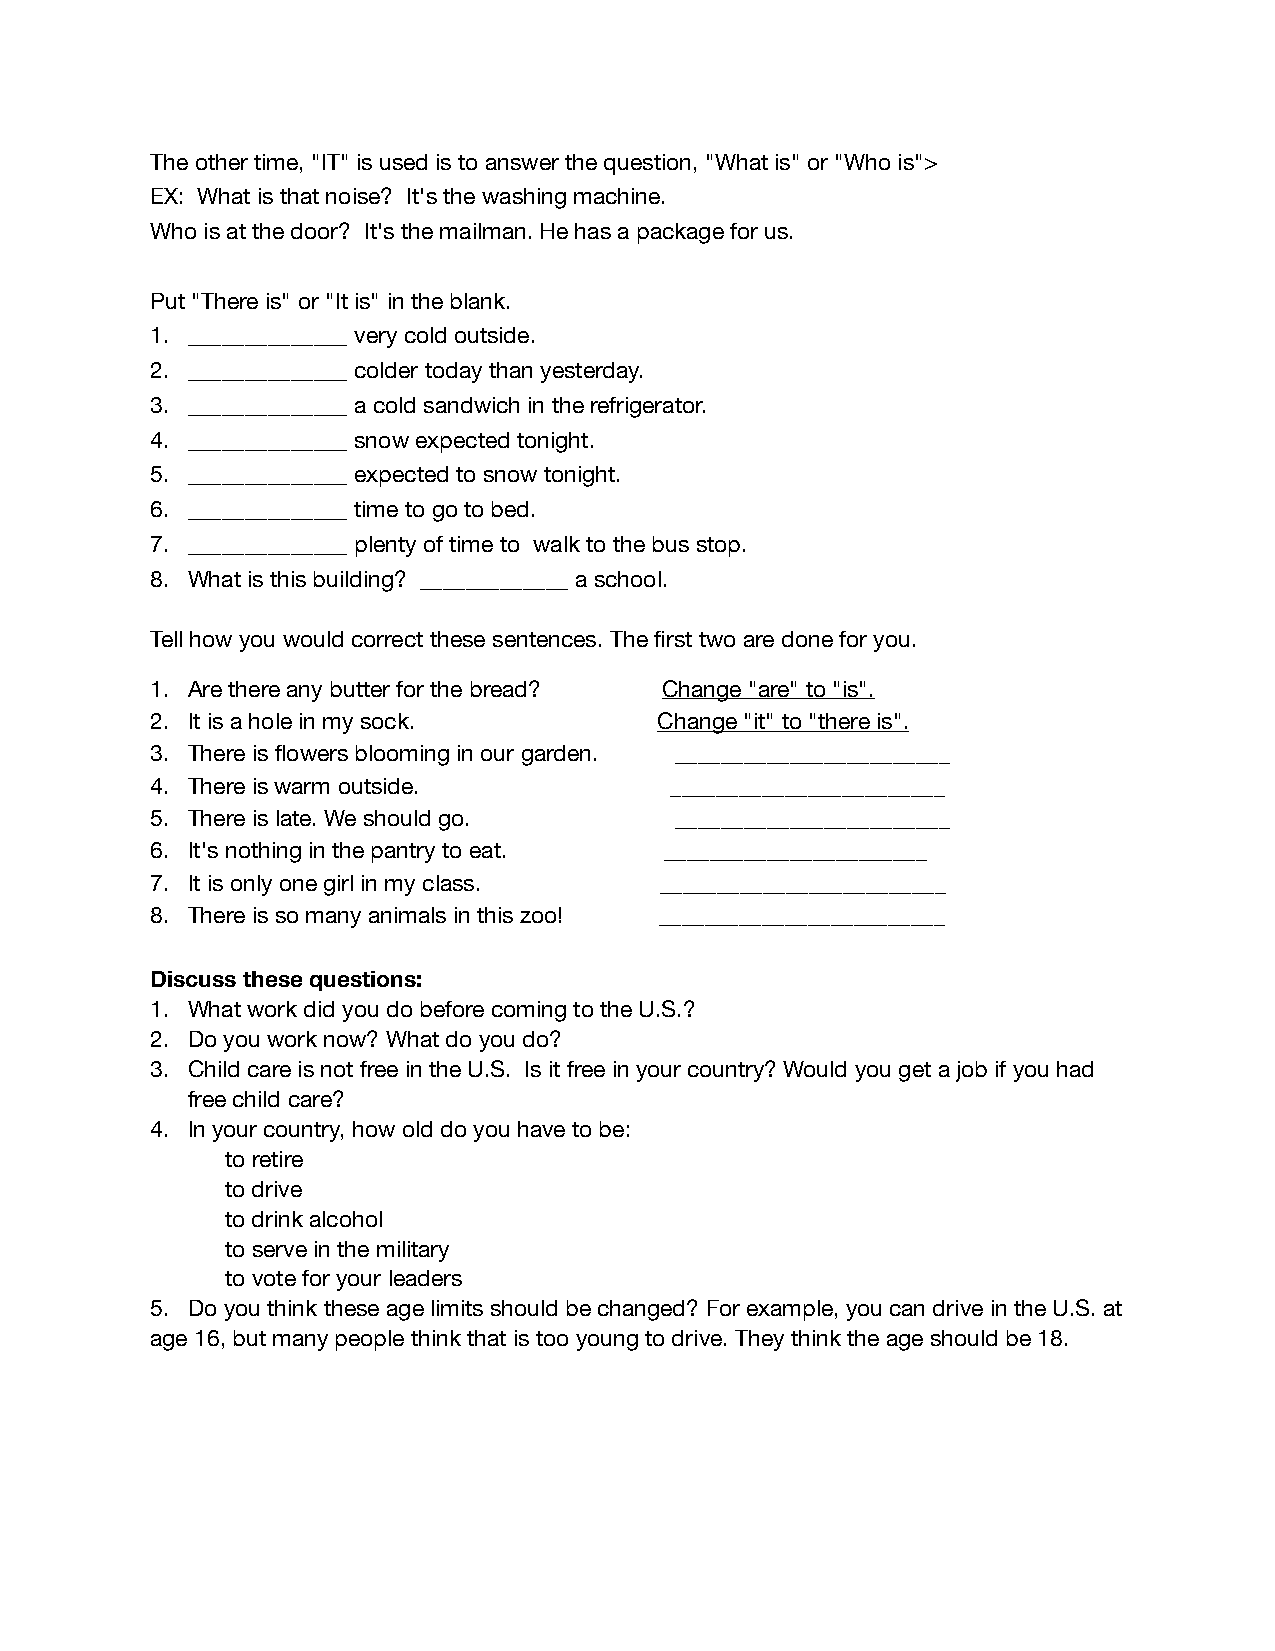
The other time, "IT" is used is to answer the question, "What is" or "Who is">
 EX: What is that noise? It's the washing machine.
 Who is at the door? It's the mailman. He has a package for us.
 Put "There is" or "It is" in the blank.
 1. ______________ very cold outside.
 2. ______________ colder today than yesterday.
 3. ______________ a cold sandwich in the refrigerator.
 4. ______________ snow expected tonight.
 5. ______________ expected to snow tonight.
 6. ______________ time to go to bed.
 7. ______________ plenty of time to walk to the bus stop.
 8. What is this building? _____________ a school.
 Tell how you would correct these sentences. The first two are done for you.
 1. Are there any butter for the bread? Change "are" to "is".
 2. It is a hole in my sock.       Change "it" to "there is".
 3. There is flowers blooming in our garden. ________________________
 4. There is warm outside.         ________________________
 5. There is late. We should go.    ________________________
 6. It's nothing in the pantry to eat. _______________________
 7. It is only one girl in my class. _________________________
 8. There is so many animals in this zoo! _________________________
 Discuss these questions:
 1. What work did you do before coming to the U.S.?
 2. Do you work now? What do you do?
 3. Child care is not free in the U.S. Is it free in your country? Would you get a job if you had
 free child care?
 4. In your country, how old do you have to be:
 to retire
 to drive
 to drink alcohol
 to serve in the military
 to vote for your leaders
 5. Do you think these age limits should be changed? For example, you can drive in the U.S. at
 age 16, but many people think that is too young to drive. They think the age should be 18.